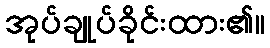
အုပ်ချုပ်ခိုင်းထား၏။